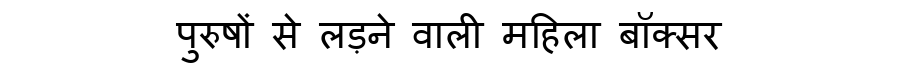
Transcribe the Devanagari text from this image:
पुरुषों से लड़ने वाली महिला बॉक्सर